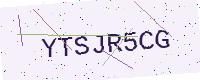
Text: YTSJR5CG